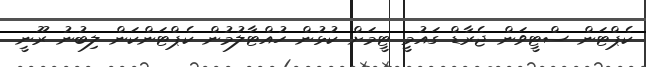
ކެޕްޓަން ސްޓީވަން ޖެރާޑް ގައުމީ ޓީމަށް ކުޅުން ހުއްޓާލުމުން ކެޕްޓަންކަން ލިބުނު ރޫނީ